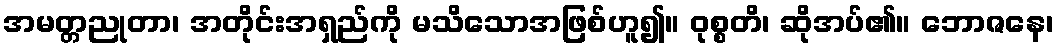
အမတ္တညုတာ၊ အတိုင်းအရှည်ကို မသိသောအဖြစ်ဟူ၍။ ဝုစ္စတိ၊ ဆိုအပ်၏။ ဘောဇနေ၊